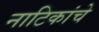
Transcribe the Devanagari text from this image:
नाटिकांचे